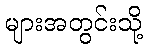
များအတွင်းသို့